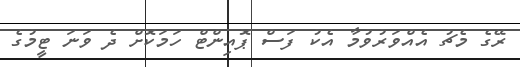
ރޭގެ މެޗު އެއްވަރުވުމާ އެކު ފަސް ޕޮއިންޓް ހަމަކޮށް ދެ ވަނަ ޓީމުގެ